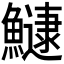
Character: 𬵯